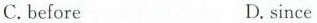
C.before D.since